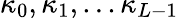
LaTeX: \kappa_{0},\kappa_{1},...\kappa_{L-1}